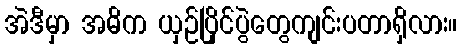
အဲဒီမှာ အဓိက ယှဉ်ပြိုင်ပွဲတွေကျင်းပတာရှိလား။